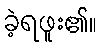
ခဲ့ရဖူး၏။